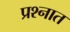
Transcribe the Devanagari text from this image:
प्रश्‍नात